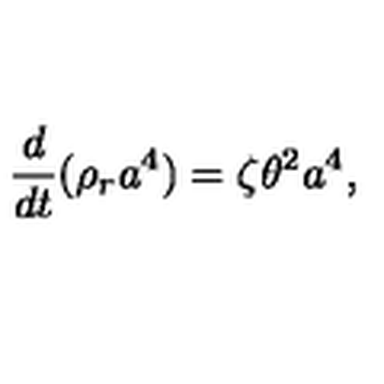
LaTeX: \frac { d } { d t } ( \rho _ { r } a ^ { 4 } ) = \zeta \theta ^ { 2 } a ^ { 4 } ,